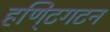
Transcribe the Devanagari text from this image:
हणि्ंटगटन